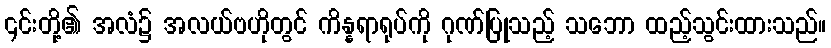
၎င်းတို့၏ အလံ၌ အလယ်ဗဟိုတွင် ကိန္နရာရုပ်ကို ဂုဏ်ပြုသည့် သဘော ထည့်သွင်းထားသည်။